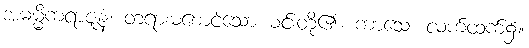
အဓမ္မိကရာဇူနံ၊ တရားမစောင့်သော မင်းတို့၏။ ကာသေ၊ လက်ထက်၌။